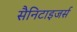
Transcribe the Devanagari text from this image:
सैनिटाइजर्स